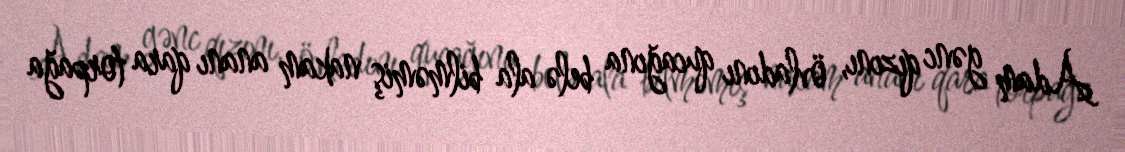
Adam gənc qızını, övladını qucağına belə ala bilməmiş nakam ananı qara torpağa